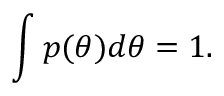
\int p ( \theta ) d \theta = 1 .